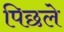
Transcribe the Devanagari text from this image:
पिछले